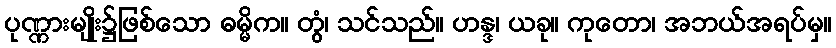
ပုဏ္ဏားမျိုး၌ဖြစ်သော ဓမ္မိက။ တွံ၊ သင်သည်။ ဟန္ဒ၊ ယခု။ ကုတော၊ အဘယ်အရပ်မှ။